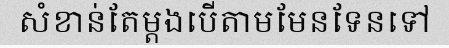
សំខាន់តែម្តងបើតាមមែនទែនទៅ